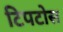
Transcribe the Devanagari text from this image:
टिपटोस